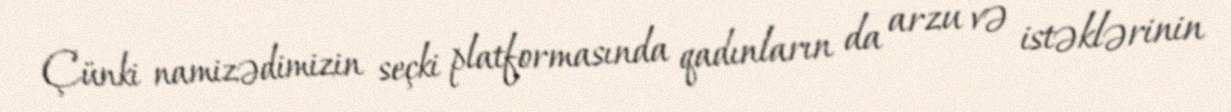
Çünki namizədimizin seçki platformasında qadınların da arzu və istəklərinin